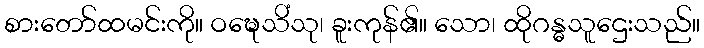
စားတော်ထမင်းကို။ ဝဍ္ဎေသိံသု၊ ခူးကုန်၏။ သော၊ ထိုဂန္ဓသူဌေးသည်။